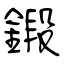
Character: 鍛